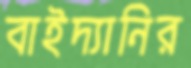
বাইদ্যানির